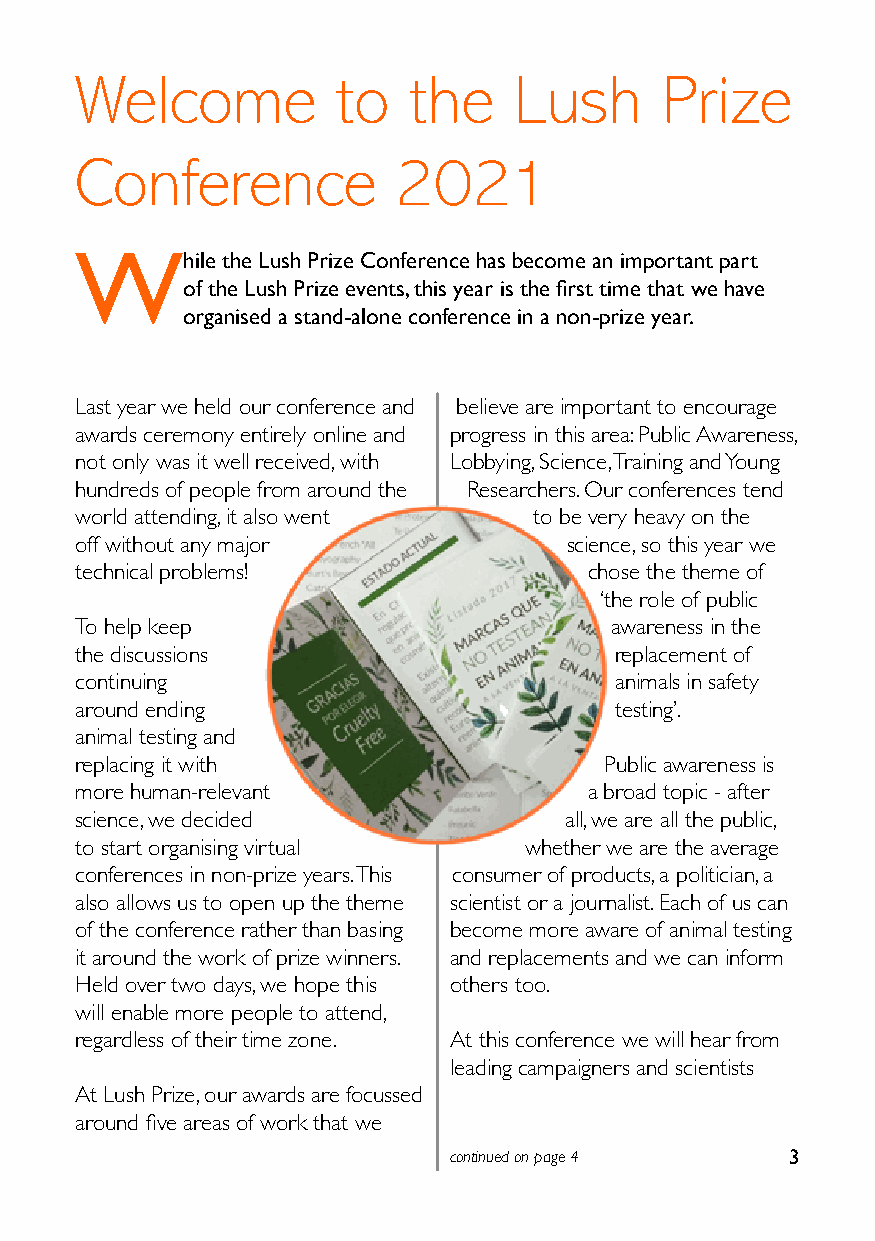
Welcome          to   the    Lush      Prize
 Conference           2021
 W
 hile the Lush Prize Conference has become an important part
 of the Lush Prize events, this year is the first time that we have
 organised a stand-alone conference in a non-prize year.
 Last year we held our conference and believe are important to encourage
 awards ceremony entirely online and progress in this area: Public Awareness,
 not only was it well received, with Lobbying, Science, Training and Young
 hundreds of people from around the Researchers. Our conferences tend
 world attending, it also went to be very heavy on the
 off without any major           science, so this year we
 technical problems!               chose the theme of
 ‘the role of public
 To help keep                       awareness in the
 the discussions                     replacement of
 continuing                          animals in safety
 around ending                       testing’.
 animal testing and
 replacing it with                  Public awareness is
 more human-relevant               a broad topic - after
 science, we decided             all, we are all the public,
 to start organising virtual   whether we are the average
 conferences in non-prize years. This consumer of products, a politician, a
 also allows us to open up the theme scientist or a journalist. Each of us can
 of the conference rather than basing become more aware of animal testing
 it around the work of prize winners. and replacements and we can inform
 Held over two days, we hope this others too.
 will enable more people to attend,
 regardless of their time zone. At this conference we will hear from
 leading campaigners and scientists
 At Lush Prize, our awards are focussed
 around five areas of work that we
 continued on page 4   3